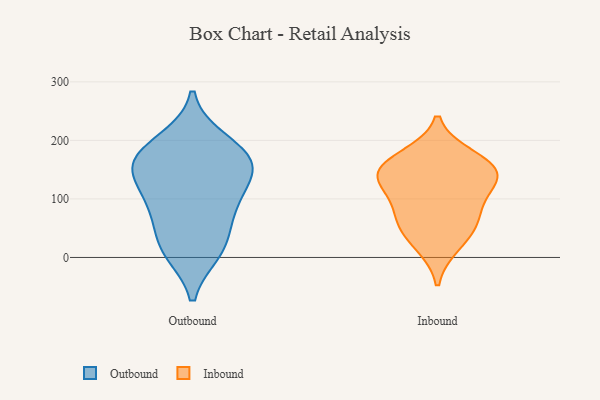
{"axis": {"x": "Customer Acquisition Cost (USD)", "y": "Value"}, "legend": ["Inbound", "Outbound"], "data": [{"x": "", "y": 79, "type": "Outbound"}, {"x": "", "y": 146, "type": "Outbound"}, {"x": "", "y": 13, "type": "Outbound"}, {"x": "", "y": 162, "type": "Outbound"}, {"x": "", "y": 28, "type": "Outbound"}, {"x": "", "y": 93, "type": "Outbound"}, {"x": "", "y": 154, "type": "Outbound"}, {"x": "", "y": 166, "type": "Outbound"}, {"x": "", "y": 188, "type": "Outbound"}, {"x": "", "y": 10, "type": "Outbound"}, {"x": "", "y": 140, "type": "Outbound"}, {"x": "", "y": 200, "type": "Outbound"}, {"x": "", "y": 89, "type": "Outbound"}, {"x": "", "y": 47, "type": "Inbound"}, {"x": "", "y": 159, "type": "Inbound"}, {"x": "", "y": 172, "type": "Inbound"}, {"x": "", "y": 21, "type": "Inbound"}, {"x": "", "y": 119, "type": "Inbound"}, {"x": "", "y": 132, "type": "Inbound"}, {"x": "", "y": 149, "type": "Inbound"}, {"x": "", "y": 73, "type": "Inbound"}, {"x": "", "y": 140, "type": "Inbound"}, {"x": "", "y": 74, "type": "Inbound"}]}